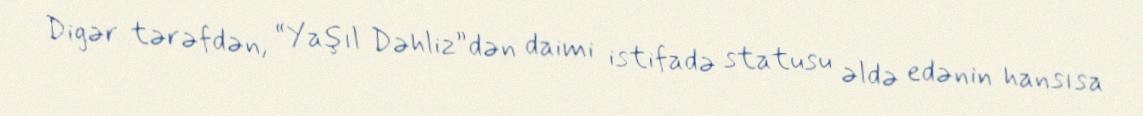
Digər tərəfdən, “Yaşıl Dəhliz”dən daimi istifadə statusu əldə edənin hansısa